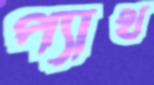
প্যাথ